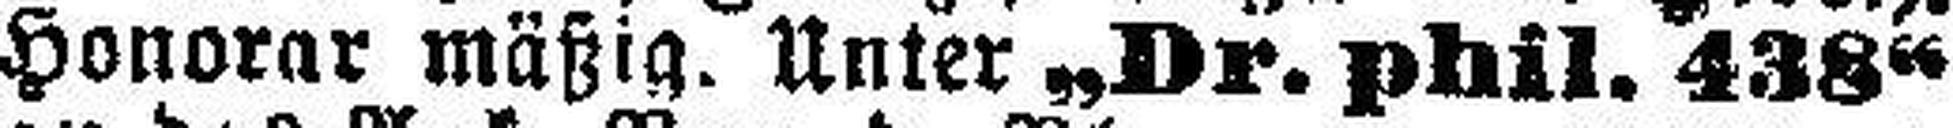
Honorar mäßig. Unter „Dr. phil. 438“